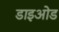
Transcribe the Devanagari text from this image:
डाइओड